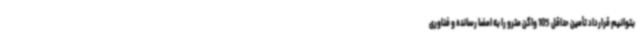
بتوانیم قرارداد تأمین حداقل 105 واگن مترو را به امضا رسانده و فناوری